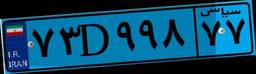
۶۸D۹۲۷۴۱